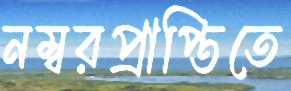
নম্বরপ্রাপ্তিতে